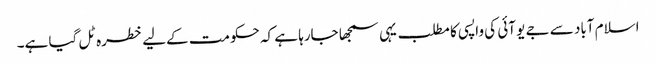
اسلام آباد سے جے یو آئی کی واپسی کا مطلب یہی سمجھا جارہا ہے کہ حکومت کےلیے خطرہ ٹل گیا ہے۔